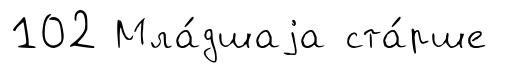
102 Мла́дшаjа ста́рше